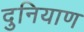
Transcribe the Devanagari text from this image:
दुनियाण